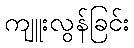
ကျူးလွန်ခြင်း